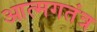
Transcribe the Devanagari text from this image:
आत्मगतंत्र